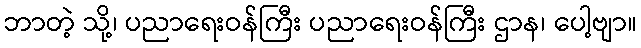
ဘာတဲ့ သို့၊ ပညာရေးဝန်ကြီး ပညာရေးဝန်ကြီး ဌာန၊ ပေါ့ဗျာ။